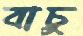
বাচু